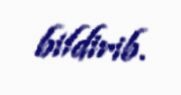
bildirib.